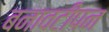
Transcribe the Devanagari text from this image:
बनावटीपन